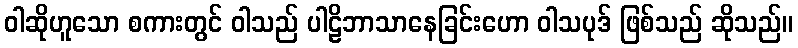
ဝါဆိုဟူသော စကားတွင် ဝါသည် ပါဠိဘာသာနေခြင်းဟော ဝါသပုဒ် ဖြစ်သည် ဆိုသည်။